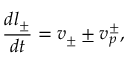
\frac { d l _ { \pm } } { d t } = v _ { \pm } \pm v _ { p } ^ { \pm } ,